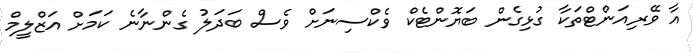
އާ ވޭރިއަންޓްތަކާ ގުޅިގެން ބަޔޮންޓެކް ވެކްސިނަށް ވެސް ބަދަލު ގެންނާނެ ކަމަށް އަޒްލީމް